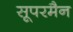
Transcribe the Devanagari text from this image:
सूपरमैन